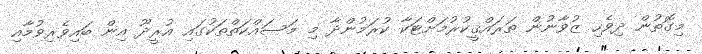
މިގޮތުން ދިވެހި ޒުވާނުން ތަރައްޤީކުރުމަށްޓަކާ ކުރަމުންދާ މި މަސައްކަތްތަކުގައި އުރީދޫ އިން ބައިވެރިވުމާއި